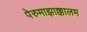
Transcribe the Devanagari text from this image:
पेरुमाझाक्कालम